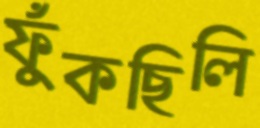
ফুঁকছিলি